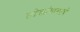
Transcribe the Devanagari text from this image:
लोकांबाबतचे